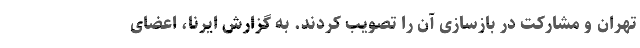
تهران و مشارکت در بازسازی آن را تصویب کردند. به گزارش ایرنا، اعضای